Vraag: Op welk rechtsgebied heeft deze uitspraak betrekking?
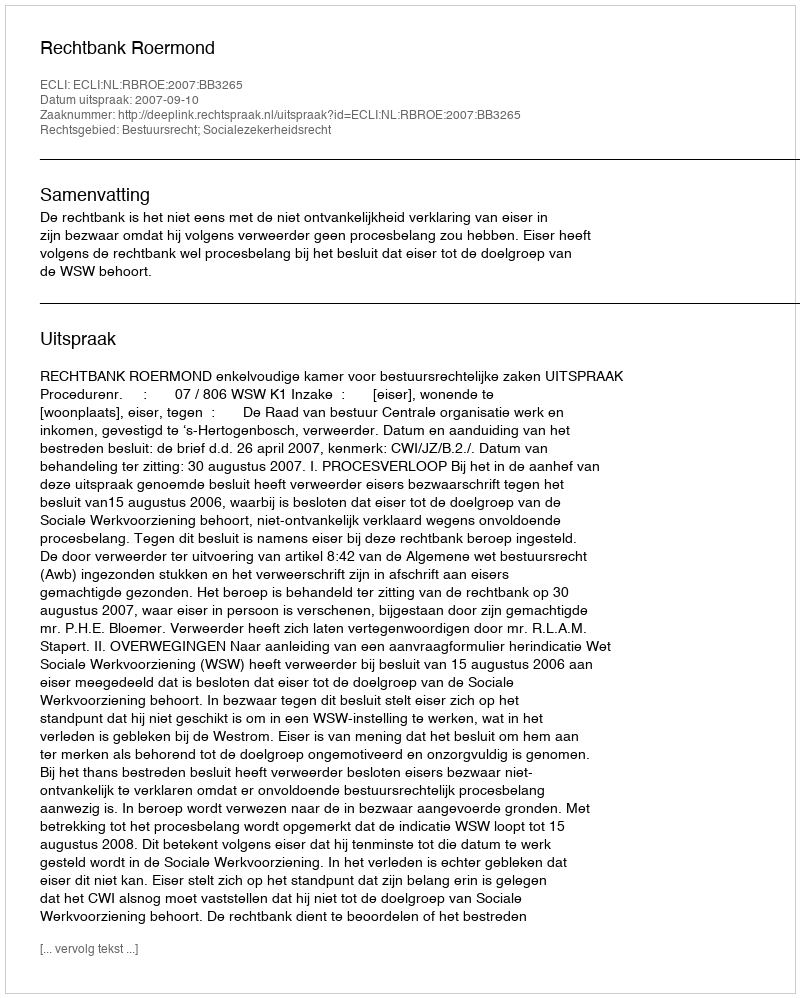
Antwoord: Bestuursrecht; Socialezekerheidsrecht